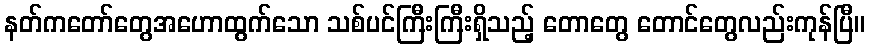
နတ်ကတော်တွေအဟောထွက်သော သစ်ပင်ကြီးကြီးရှိသည့် တောတွေ တောင်တွေလည်းကုန်ပြီ။